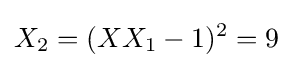
X_{2}=(XX_{1}-1)^{2}=9